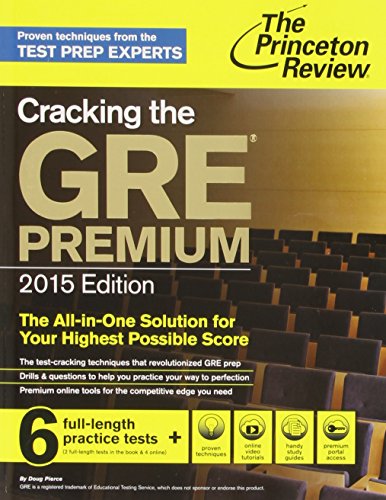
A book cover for Cracking the GRE Premium Edition with 6 Practice Tests, 2015 (Graduate School Test Preparation); Princeton Review; Test Preparation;